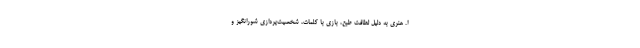
اُ. هنری به دلیل لطافت طبع، بازی با کلمات، شخصیت‌پردازی شورانگیز و